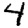
Digit: 4